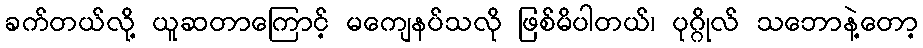
ခက်တယ်လို့ ယူဆတာကြောင့် မကျေနပ်သလို ဖြစ်မိပါတယ်၊ ပုဂ္ဂိုလ် သဘောနဲ့တော့